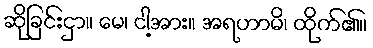
ဆိုခြင်းငှာ။ မေ၊ ငါ့အား။ အရဟာမိ၊ ထိုက်၏။